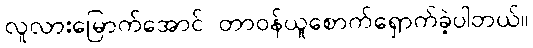
လူလားမြောက်အောင် တာဝန်ယူစောက်ရှောက်ခဲ့ပါတယ်။